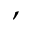
,